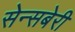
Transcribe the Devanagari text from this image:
सेन्सबेरी